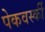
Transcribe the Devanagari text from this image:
पेकवर्स्की